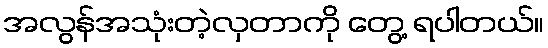
အလွန်အသုံးတဲ့လှတာကို တွေ့ ရပါတယ်။